Insane asylums in Bengal annual reports 1876-1887 - 1876-1887
Year: 1876
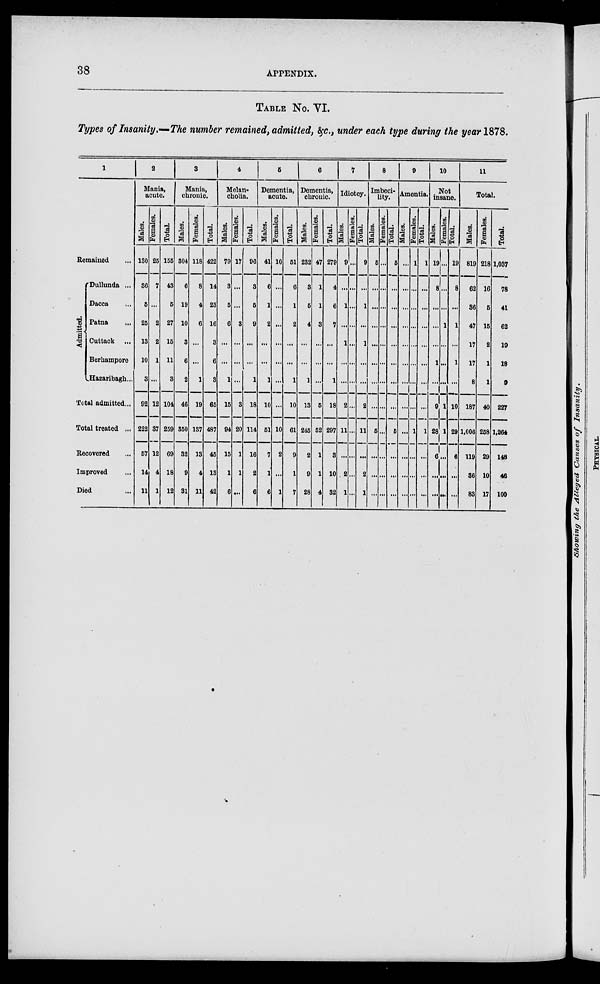
38
APPENDIX.
TABLE NO. VI.
Types of Insanity.—The number remained, admitted, c., under each type during the year 1878.
1
Remained ...
Admitted.
Dullunda ...
Dacca ...
Patna ...
Cuttack ...
Berhampore
Hazaribagh...
Total admitted...
Total treated ...
Recovered ...
Improved ...
Died ...
2
Mania,
acute.
Males.
130
36
5
25
13
10
3
92
222
57
14
11
Females.
25
7
...
2
2
1
...
12
37
12
4
1
Total.
155
43
5
27
15
11
3
104
259
69
18
12
3
Mania,
chronic.
Males.
304
6
19
10
3
6
2
46
350
32
9
31
Females.
118
8
4
6
...
...
1
19
137
13
4
11
Total.
422
14
23
16
3
6
3
65
487
45
13
42
4
Melan-
cholia.
Males.
79
3
5
6
...
...
1
15
94
15
1
6
Females.
17
...
...
3
...
...
...
3
20
1
1
...
Total.
96
3
5
9
...
...
1
18
114
16
2
6
5
Dementia,
acute.
Males.
41
6
1
2
...
...
1
10
51
7
1
6
Females.
10
...
...
...
...
...
...
...
10
2
...
1
Total.
51
6
1
2
...
...
1
10
61
9
1
7
6
Dementia,
chronic.
Males.
232
3
5
4
...
...
1
13
245
2
9
28
Females.
47
1
1
3
...
...
...
5
52
1
1
4
Total.
279
4
6
7
...
...
1
18
297
3
10
32
7
Idiotcy.
Males.
9
...
1
...
1
...
2
11
...
2
1
Females.
...
...
...
...
...
...
...
...
...
...
...
...
Total.
9
...
1
...
1
...
...
2
11
...
2
1
8
Imbeci-
lity.
Males.
5
...
...
...
...
...
...
...
5
...
...
...
Females.
...
...
...
...
...
...
...
...
...
...
...
...
Total.
5
...
...
...
...
...
...
...
5
...
...
...
9
Amentia.
Males.
...
...
...
...
...
...
...
...
...
...
...
...
Females.
1
...
...
...
...
...
...
...
1
...
...
...
Total.
1
...
...
...
...
...
...
...
1
...
...
...
10
Not
insane.
Males.
19
8
...
...
...
1
...
9
28
6
...
...
Females.
...
...
...
1
...
...
...
1
1
...
...
...
Total.
19
8
...
1
...
1
...
10
29
6
...
...
11
Total.
Males.
819
62
36
47
17
17
8
187
1,006
119
36
83
Females.
218
16
5
15
2
1
1
40
258
29
10
17
Total.
1,037
78
41
62
19
18
9
227
1,264
148
46
100